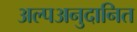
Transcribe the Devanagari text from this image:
अल्पअनुदानित